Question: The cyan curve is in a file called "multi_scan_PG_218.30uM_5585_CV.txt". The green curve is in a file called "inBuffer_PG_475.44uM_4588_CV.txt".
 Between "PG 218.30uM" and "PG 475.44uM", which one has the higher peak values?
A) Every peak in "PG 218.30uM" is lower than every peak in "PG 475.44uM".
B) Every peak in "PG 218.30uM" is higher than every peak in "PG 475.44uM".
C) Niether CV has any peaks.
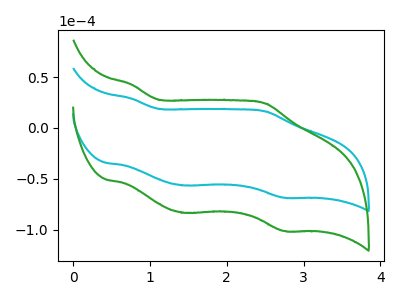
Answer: <think>The cyan curve "PG 218.30uM" has anodic peaks at (0.75V, 28.95uA) (2.50V, 16.25uA) and cathodic peaks at (1.45V, -56.35uA) (2.75V, -68.45uA). The green curve "PG 475.44uM" has anodic peaks at (0.75V, 42.80uA) (2.50V, 24.00uA) and cathodic peaks at (1.45V, -83.30uA) (2.75V, -101.15uA).</think>
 <answer>A) Every peak in "PG 218.30uM" is lower than every peak in "PG 475.44uM".</answer>
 <eval>A</eval>